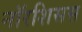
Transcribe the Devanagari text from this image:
नॉरशिसस